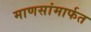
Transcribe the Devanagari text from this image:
माणसांमार्फत